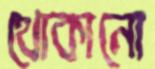
থোকানো